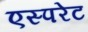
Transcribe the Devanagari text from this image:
एस्परेट